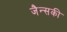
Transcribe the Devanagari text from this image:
जैन्सकी